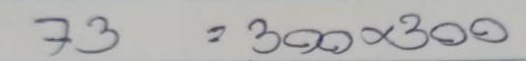
73 = 300x300